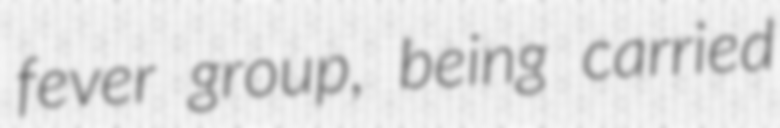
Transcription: fever group, being carried